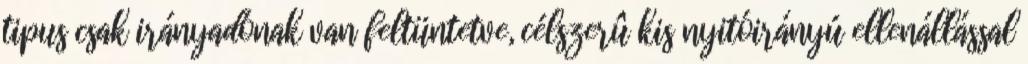
tipus csak irányadónak van feltüntetve, célszerû kis nyitóirányú ellenállással